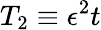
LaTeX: T_{2}\equiv\epsilon^{2}t